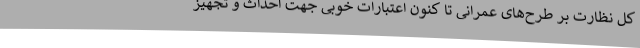
کل نظارت بر طرح‌های عمرانی تا کنون اعتبارات خوبی جهت احداث و تجهیز